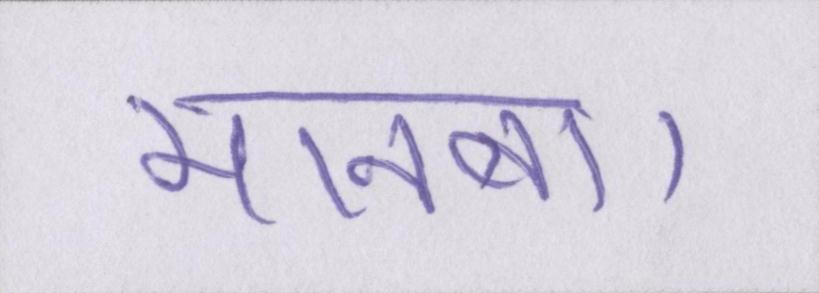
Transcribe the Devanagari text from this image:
मानना।